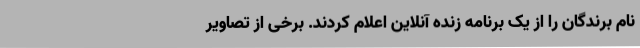
نام برندگان را از یک برنامه زنده آنلاین اعلام کردند. برخی از تصاویر